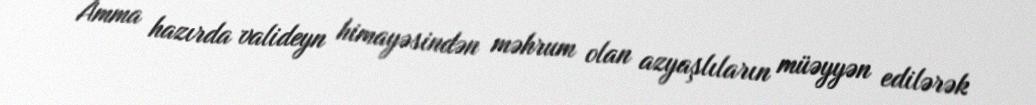
Amma hazırda valideyn himayəsindən məhrum olan azyaşlıların müəyyən edilərək